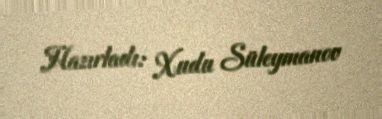
Hazırladı: Xudu Süleymanov